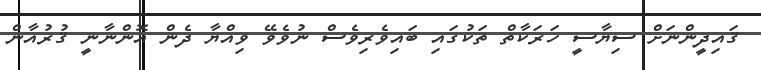
ޤައިދީންނަށް ސިޔާސީ ހަރަކާތް ތަކުގައި ބައިވެރިވެސް ނުވެވޭ ވިއްޔާ ދެން އޮންނާނީ ޤުރުއާން